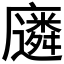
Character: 𫸈